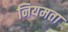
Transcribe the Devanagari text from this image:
नियमता